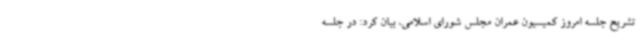
تشریح جلسه امروز کمیسیون عمران مجلس شورای اسلامی، بیان کرد: در جلسه